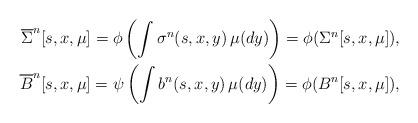
LaTeX: \begin{align*} \overline{\Sigma}^n[s,x,\mu] = \phi\left(\int \sigma^n(s,x,y)\,\mu(dy)\right)= \phi(\Sigma^n[s,x,\mu]), \\\overline{ B}^n[s,x,\mu] = \psi\left(\int b^n(s,x,y)\,\mu(dy)\right)= \phi(B^n[s,x,\mu]),\end{align*}